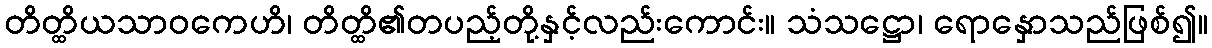
တိတ္ထိယသာဝကေဟိ၊ တိတ္ထိ၏တပည့်တို့နှင့်လည်းကောင်း။ သံသဋ္ဌော၊ ရောနှောသည်ဖြစ်၍။